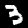
Label: 3